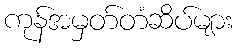
ကုန်အမှတ်တံဆိပ်များ